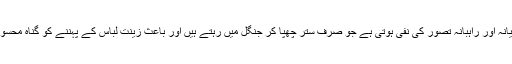
اس سے جو گیانہ اور راہبانہ تصور کی نفی ہوتی ہے جو صرف ستر چھپا کر جنگل میں رہتے ہیں اور باعث زینت لباس کے پہننے کو گناہ محسوس کرتے ہیں۔